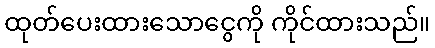
ထုတ်ပေးထားသောငွေကို ကိုင်ထားသည်။